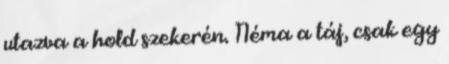
utazva a hold szekerén. Néma a táj, csak egy